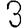
Digit: 3